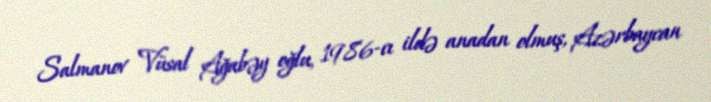
Salmanov Vüsal Ağabəy oğlu, 1986-cı ildə anadan olmuş, Azərbaycan